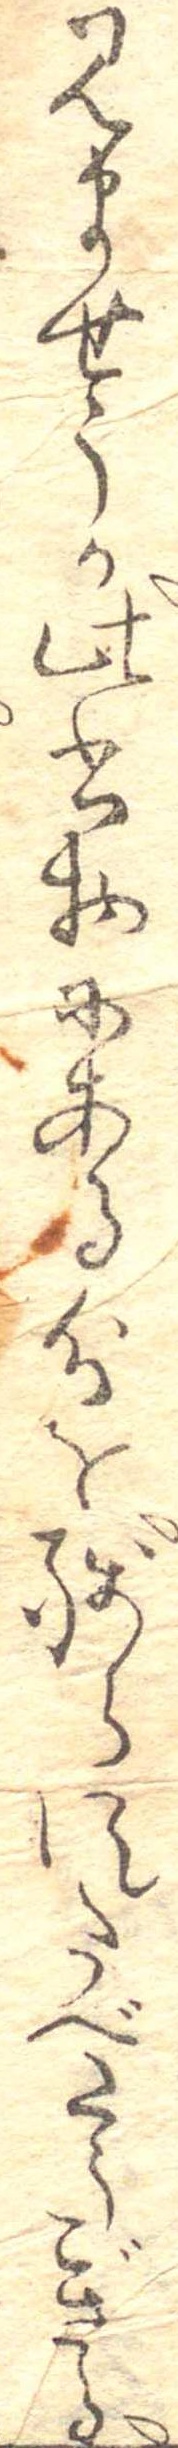
見ませうか此書物にある分を残らすたべたうごさる